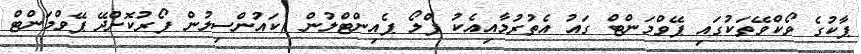
ޕާކުގެ ވޯކްވޭތަކުގައި ޕޭވްމަންޓް ގައު އެތުރުމާއިއެކު ފްލޯ ޕެއިންޓްލުން (ކައުންސިލުން ފޯރުކޮށްދޭ ޕޭވްމަންޓް